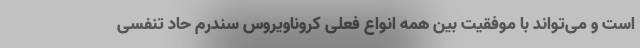
است و می‌تواند با موفقیت بین همه انواع فعلی کروناویروس سندرم حاد تنفسی